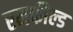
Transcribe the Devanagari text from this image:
एमफील्ड